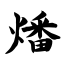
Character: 燔